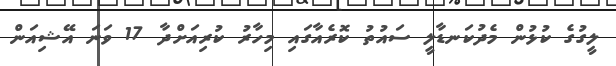
ލީގުގެ ކުޅުން މެދުކަނޑާލީ ސައުތު ކޮރެއާގައި މިހާރު ކުރިއަށްދާ 17 ވަނަ އޭޝިއަން